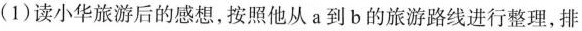
(1)读小华旅游后的感想，按照他从a到b的旅游路线进行整理，排